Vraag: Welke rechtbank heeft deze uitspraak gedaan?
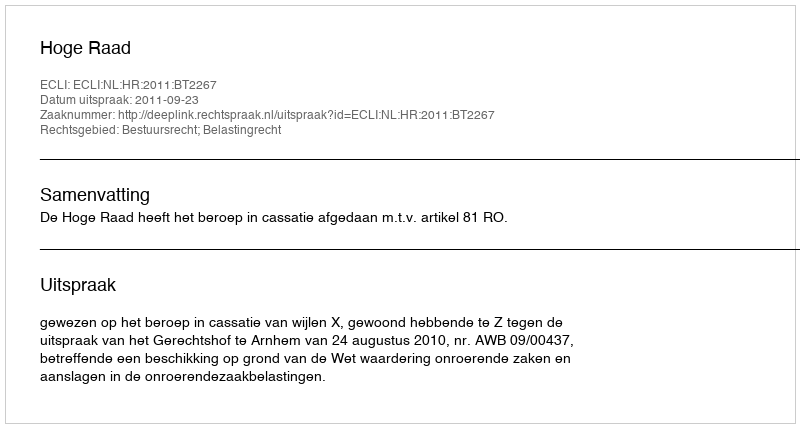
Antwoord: Hoge Raad